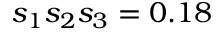
s _ { 1 } s _ { 2 } s _ { 3 } = 0 . 1 8